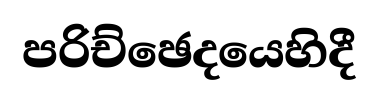
පරිච්ඡෙදයෙහිදී